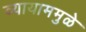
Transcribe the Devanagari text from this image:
व्यायाममुळे